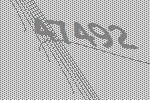
47492